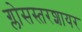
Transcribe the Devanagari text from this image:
ग्लोसस्तरशायर